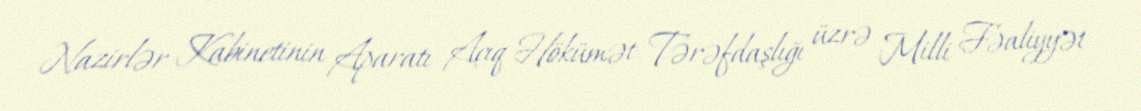
Nazirlər Kabinetinin Aparatı Açıq Hökümət Tərəfdaşlığı üzrə Milli Fəaliyyət